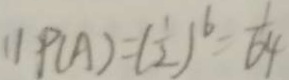
1 ) P ( A ) = ( \frac { 1 } { 2 } ) ^ { 6 } = 6 4